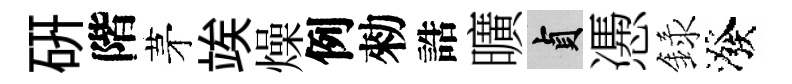
研階茅竢燥例勑誥曠貞慿録潑